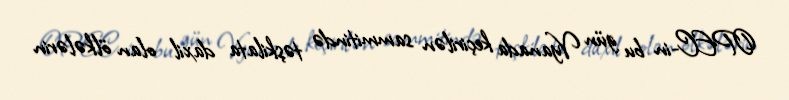
OPEC-in bu gün Vyanada keçirilən sammitində təşkilata daxil olan ölkələrin